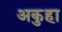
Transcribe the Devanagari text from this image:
अकुहा